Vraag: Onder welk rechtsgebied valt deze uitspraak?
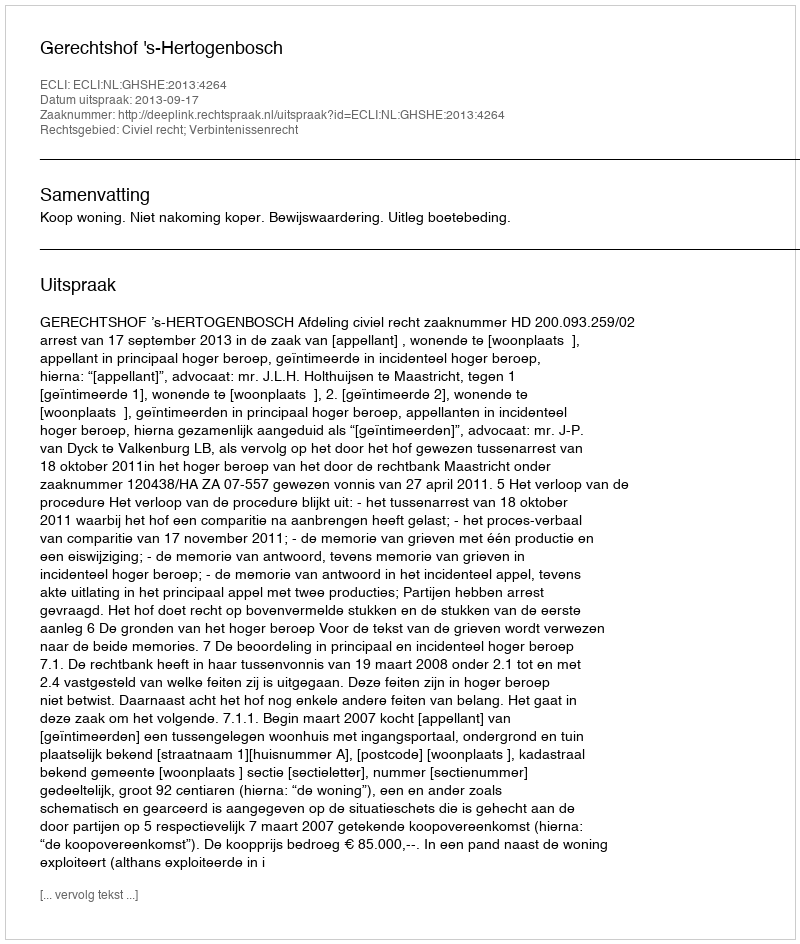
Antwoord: Civiel recht; Verbintenissenrecht